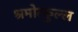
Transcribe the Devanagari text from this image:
श्रमोत्फुल्ल